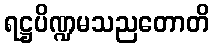
ရဋ္ဌပိဏ္ဍမသညတောတိ